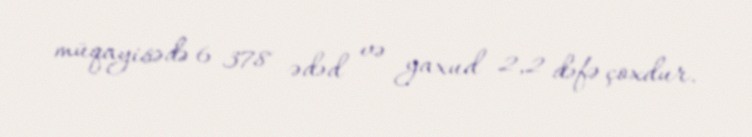
müqayisədə 6 378 ədəd və yaxud 2,2 dəfə çoxdur.